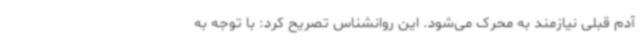
آدم قبلی نیازمند به محرک می‌شود. این روانشناس تصریح کرد: با توجه به